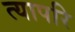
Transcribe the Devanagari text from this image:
त्यापरि